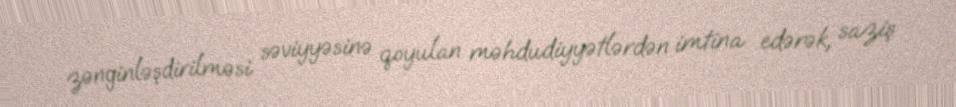
zənginləşdirilməsi səviyyəsinə qoyulan məhdudiyyətlərdən imtina edərək, saziş